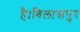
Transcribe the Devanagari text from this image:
है।बिलासपुर